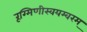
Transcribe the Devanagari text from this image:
रूग्मिणीस्वयम्वरम्